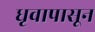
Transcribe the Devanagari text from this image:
धृवापासून